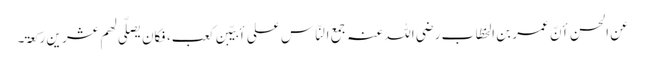
عن الحسن أنّ عمر بن الخطّاب رضی اللہ عنہ جمع النّاس علی أبیّبن کعب، فکان یصلّی لھم عشر ین رکعۃ۔